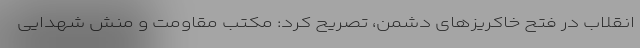
انقلاب در فتح خاکریزهای دشمن، تصریح کرد: مکتب مقاومت و منش شهدایی